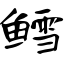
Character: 鳕